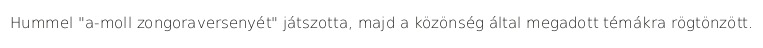
Hummel "a-moll zongoraversenyét" játszotta, majd a közönség által megadott témákra rögtönzött.